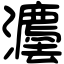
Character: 灋